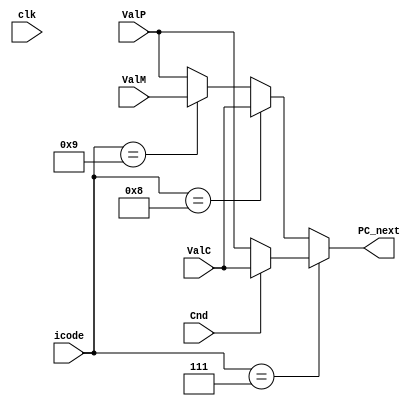
// Only for jump , call and ret PC updates are diff , rest its all ValP

module PC_update(icode , Cnd , ValC , ValM , ValP , PC_next , clk);


    // Inputs 
    input clk ; 
    input [3:0] icode ;
    input Cnd ; // conditional Code ( to decide jump )
    input signed[63:0] ValC , ValM , ValP ; 


    // Outputs 
    output reg [63:0] PC_next;

    always @(*) begin 

        // Jump (check Cnd and then decide)
        if(icode == 7) begin

            if(Cnd ==1) begin
                PC_next = ValC;
            end
            
            else begin
                PC_next = ValP;
            end
        end

        // Call 
        else if(icode == 8) begin
            PC_next = ValC;
        end

        // Ret
        else if(icode == 9) begin
            PC_next = ValM;
        end


        // Rest of the cases 
        else begin
            PC_next = ValP;
        end

    end

endmodule